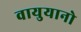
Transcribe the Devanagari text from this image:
वायुयानो